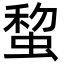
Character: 䖿